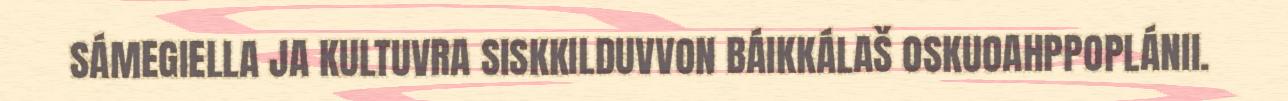
SÁMEGIELLA JA KULTUVRA SISKKILDUVVON BÁIKKÁLAŠ OSKUOAHPPOPLÁNII.